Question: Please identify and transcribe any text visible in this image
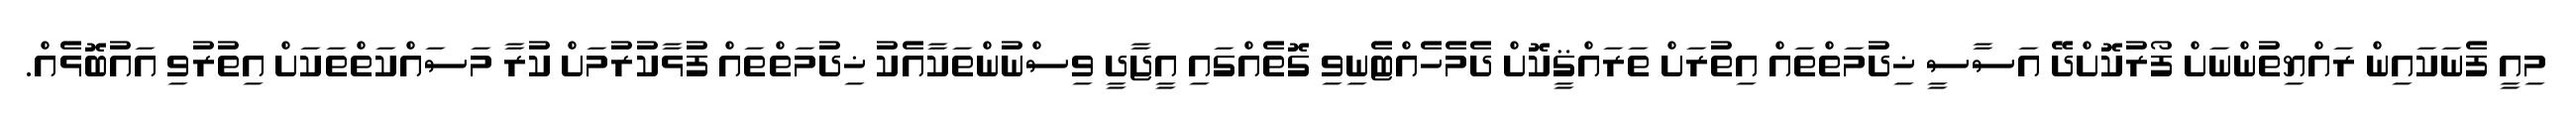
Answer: މިއީ ފެނަކައިން ރައްޔިތުންނަށް ފޯރުކޮށްދޭ އަސާސީ ޚިދުމަތްތައް އިތުރަށް ތަރައްޤީކޮށް ދެމެހެއްޓެނިވި ގޮތެއްގައި އީޖާދީ ވިސްނުންތަކާއެކު ޚިދުމަތްތައް ފުޅާކުރުމަށް ކުރާ މަސައްކަތްތަކަށް އިތުރުވި އައުބޮޅެއް.